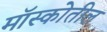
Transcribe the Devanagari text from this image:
मॉस्कोतील